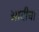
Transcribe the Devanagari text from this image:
आदीचा